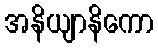
အနိယျာနိကော